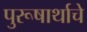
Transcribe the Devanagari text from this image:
पुरूषार्थाचे